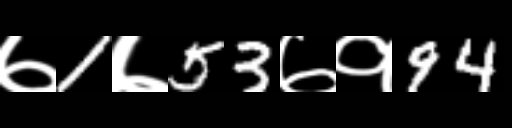
Text: ७1७53७१94